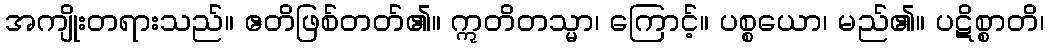
အကျိုးတရားသည်။ ဧတိဖြစ်တတ်၏။ ဣတိတသ္မာ၊ ကြောင့်။ ပစ္စယော၊ မည်၏။ ပဋိစ္စာတိ၊